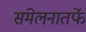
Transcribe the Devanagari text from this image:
संमेलनातर्फे